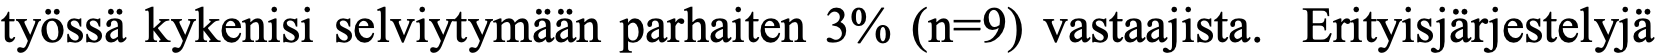
työssä kykenisi selviytymään parhaiten 3% (n=9) vastaajista. Erityisjärjestelyjä